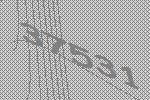
37531